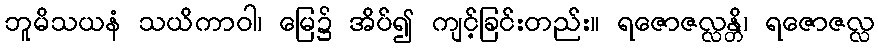
ဘူမိသယနံ သယိကာဝါ၊ မြေ၌ အိပ်၍ ကျင့်ခြင်းတည်း။ ရဇောဇလ္လန္တိ၊ ရဇောဇလ္လ